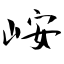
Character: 峖